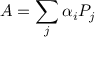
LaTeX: A = \sum _ { j } \alpha _ { i } P _ { j }